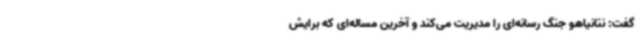
گفت: نتانیاهو جنگ رسانه‌ای را مدیریت می‌کند و آخرین مساله‌ای که برایش